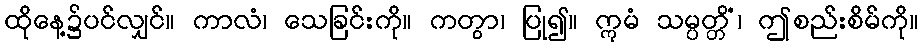
ထိုနေ့၌ပင်လျှင်။ ကာလံ၊ သေခြင်းကို။ ကတွာ၊ ပြု၍။ ဣမံ သမ္ပတ္တိံ၊ ဤစည်းစိမ်ကို။